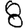
Digit: 8